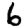
Digit: 6